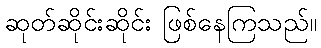
ဆုတ်ဆိုင်းဆိုင်း ဖြစ်နေကြသည်။